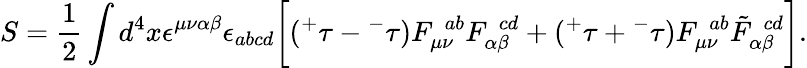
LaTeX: S=\frac{1}{2}\int d^{4}x\epsilon^{\mu\nu\alpha\beta}\epsilon_{abcd}\bigg[({^+}\tau-{^-}\tau)F_{\mu\nu}^{~~ab}F_{\alpha\beta}^{~~cd}+({^+}\tau+{^-}\tau)F_{\mu\nu}^{~~ab}\tilde{F}_{\alpha\beta}^{~~cd}\bigg].